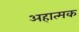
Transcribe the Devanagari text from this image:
अहात्मक